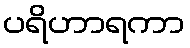
ပရိဟာရကာ